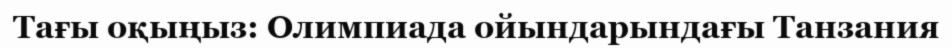
Тағы оқыңыз: Олимпиада ойындарындағы Танзания